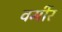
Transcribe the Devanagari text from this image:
वर्मीर